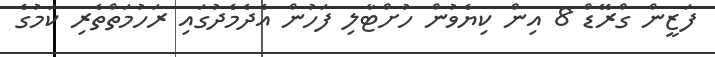
ފަޒީން ގްރޭޑް 8 އިން ކިޔެވުން ހުށްޓާލި ފަހުން އެދެމެދުގައި ރަހުމަތްތެރި ކަމުގެ